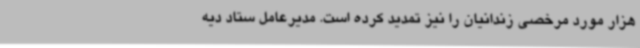
هزار مورد مرخصی زندانیان را نیز تمدید کرده است. مدیرعامل ستاد دیه